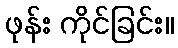
ဖုန်း ကိုင်ခြင်း။